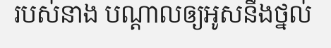
របស់នាង បណ្តាលឲ្យអូសនឹងថ្នល់